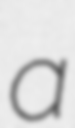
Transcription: a